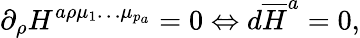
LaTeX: \partial_{\rho}H^{a\rho\mu_{1}\ldots\mu_{p_{a}}}=0\Leftrightarrow d\overline{{{H}}}^{a}=0,